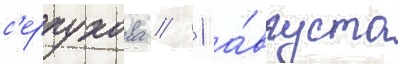
с'ерпухова // 1 а́вгуста